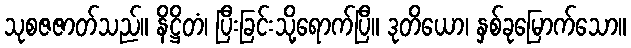
သုစဇဇာတ်သည်။ နိဋ္ဌိတံ၊ ပြီးခြင်းသို့ရောက်ပြီ။ ဒုတိယော၊ နှစ်ခုမြောက်သော။